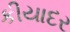
કીયાદર